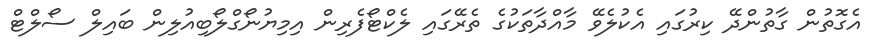
އެގޮތުން ގާތުންދޭ ކިރުގައި އެކުލެވޭ މާއްދާތަކުގެ ތެރޭގައި ލެކްޓޯފެރިން އިމިޔުނޯގްލޯބިއުލިން ބައިލް ސޯލްޓް